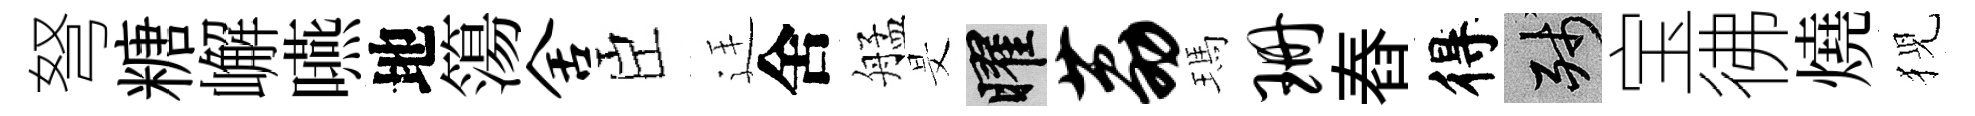
弩糖嶰嚥地簜舍臣廷舍艋旻曜荔瑪珊舂得殘宝彿燒猊